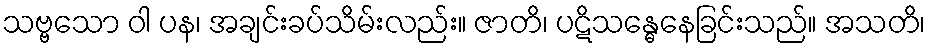
သဗ္ဗသော ဝါ ပန၊ အချင်းခပ်သိမ်းလည်း။ ဇာတိ၊ ပဋိသန္ဓေနေခြင်းသည်။ အသတိ၊